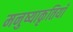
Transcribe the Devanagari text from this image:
मनुष्याकृतियाँ